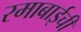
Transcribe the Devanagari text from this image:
रमाबाईची